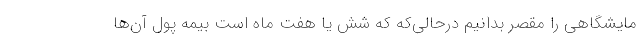
مایشگاهی را مقصر بدانیم درحالی‌که که شش یا هفت ماه است بیمه پول آن‌ها